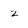
Character: z